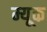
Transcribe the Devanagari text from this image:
म्यूक